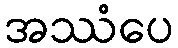
အဿံပေ